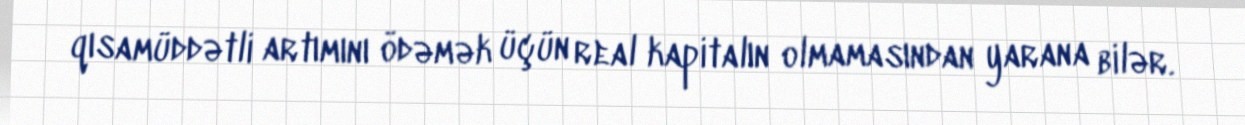
qısamüddətli artımını ödəmək üçün real kapitalın olmamasından yarana bilər.